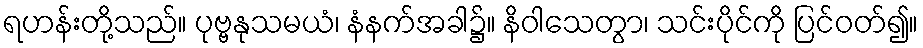
ရဟန်းတို့သည်။ ပုဗ္ဗနုသမယံ၊ နံနက်အခါ၌။ နိဝါသေတွာ၊ သင်းပိုင်ကို ပြင်ဝတ်၍။